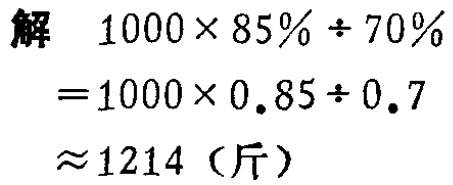
解

\[

\begin{align*}

&1000\times 85\% \div 70\%\\

=&1000\times 0.85\div 0.7\\

\approx& 1214 \text{（斤）}

\end{align*}

\]